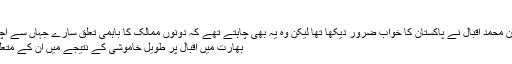
‘
Image caption وليد نے کہا: ’میرے داداجان محمد اقبال نے پاکستان کا خواب ضرور دیکھا تھا لیکن وہ یہ بھی چاہتے تھے کہ دونوں ممالک کا باہمی تعلق سارے جہاں سے اچھا ہو‘
بھارت میں اقبال پر طویل خاموشی کے نتیجے میں ان کے متعلق کئی فسانے بنا دیے ہیں۔